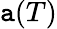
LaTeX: \mathtt{a}(T)